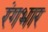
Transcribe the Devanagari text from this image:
रंगभार